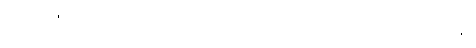
မဟာရာဇ၊ အရှင်မင်းမြတ်။ ဣဒါနိ၊ ယခု။ တွံ၊ အရှင်မင်းမြတ်သည်။ သက္ကောန္တော၊